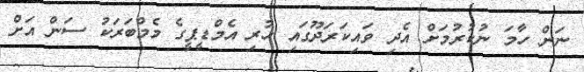
ނަން ހާމަ ނުކުރުމަށް އެދި ވައިކަރަދޫގައި ހުރި އެމްޑީޕީގެ މެމްބަރަކު ސަން އަށް